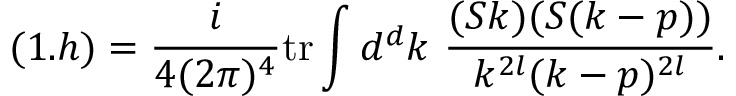
( 1 . h ) = \frac { i } { 4 ( 2 \pi ) ^ { 4 } } \mathrm { t r } \int d ^ { d } k \ \frac { ( S k ) ( S ( k - p ) ) } { k ^ { 2 l } ( k - p ) ^ { 2 l } } .